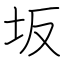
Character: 坂